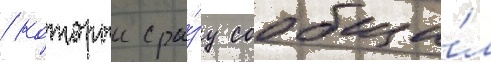
/ которыи сра́зу сообщи́л